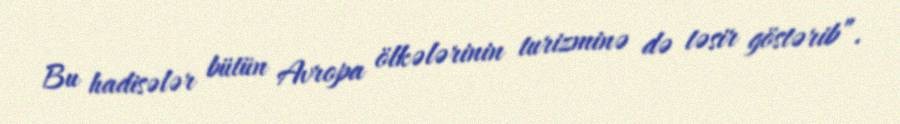
Bu hadisələr bütün Avropa ölkələrinin turizminə də təsir göstərib”.